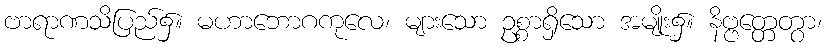
ဗာရာဏသိပြည်၌။ မဟာဘောဂကုလေ၊ များသော ဥစ္စာရှိသော အမျိုး၌။ နိဗ္ဗတ္တေတွာ၊